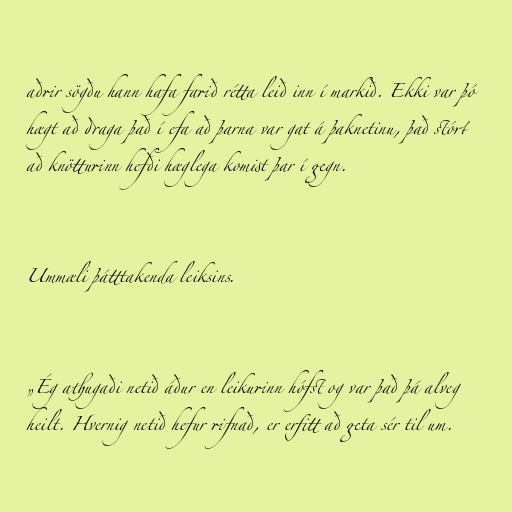
aðrir sögðu hann hafa farið rétta leið inn í markið. Ekki var þó
hægt að draga það í efa að þarna var gat á þaknetinu, það stórt
að knötturinn hefði hæglega komist þar í gegn.

Ummæli þátttakenda leiksins.

„Ég athugaði netið áður en leikurinn hófst og var það þá alveg
heilt. Hvernig netið hefur rifnað, er erfitt að geta sér til um.